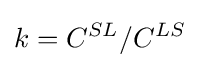
k=C^{SL}/C^{LS}